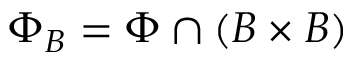
\Phi _ { B } = \Phi \cap ( B \times B )